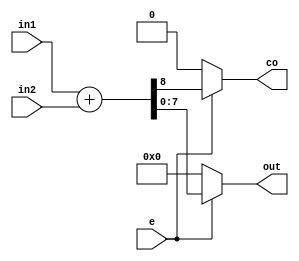
module sum(input[7:0] in1, in2,
	   input e,
	   output reg [7:0] out,
           output reg co);
								

always @(*)		
   if (e) {co, out} = in1 + in2;
   else begin
     out = 0;
     co = 0;
   end

endmodule